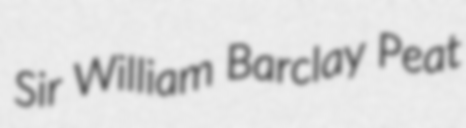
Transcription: Sir William Barclay Peat